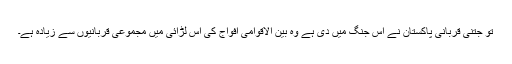
تو جتنی قربانی پاکستان نے اس جنگ میں دی ہے وہ بین الاقوامی افواج کی اس لڑائی میں مجموعی قربانیوں سے زیادہ ہے۔